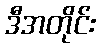
ဒီအတိုင်း